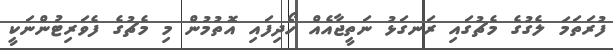
ފުރަތަމަ ލެގުގެ މެޗުގައި ރަނގަޅު ނަތީޖާއެއް ހޯދިފައި އޮތުމުން މި މެޗުގެ ފެވަރިޓުންނަކީ